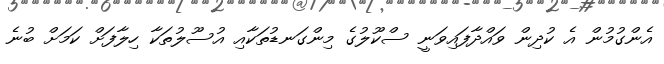
އެންގުމުން އެ ކުދިން ވައްދާފައިވަނީ ސްކޫލުގެ މިންގަނޑުތަކާއި އުސޫލުތަކާ ހިލާފަށް ކަމަށް ބުނެ